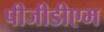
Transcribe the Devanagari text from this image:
पीजीडीएम